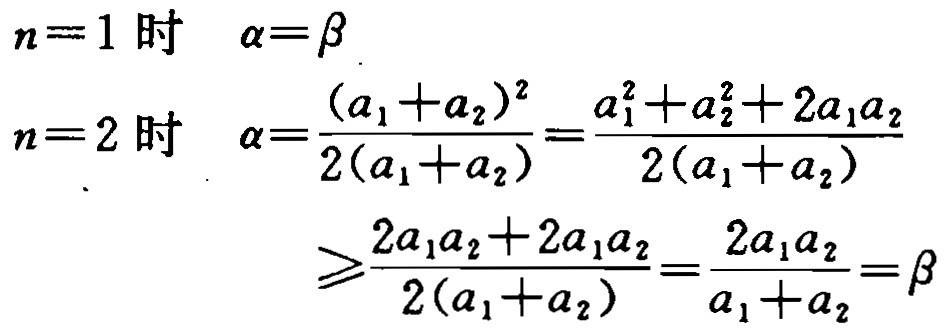
```

$n = 1$ 时 $\alpha=\beta$

$n = 2$ 时 $\alpha=\frac{(a_1 + a_2)^2}{2(a_1 + a_2)}=\frac{a_1^2 + a_2^2+2a_1a_2}{2(a_1 + a_2)}$

$\geqslant\frac{2a_1a_2 + 2a_1a_2}{2(a_1 + a_2)}=\frac{2a_1a_2}{a_1 + a_2}=\beta$

```